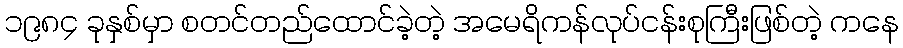
၁၉၈၄ ခုနှစ်မှာ စတင်တည်ထောင်ခဲ့တဲ့ အမေရိကန်လုပ်ငန်းစုကြီးဖြစ်တဲ့ ကနေ